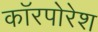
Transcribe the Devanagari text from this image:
कॉरपोरेश